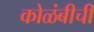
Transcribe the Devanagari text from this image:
कोळंबीची